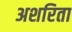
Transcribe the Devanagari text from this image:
अशरिता